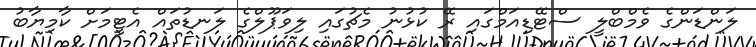
ލަންޑަންގެ ވެމްބްލީ ސްޓޭޑިއަމްގައި ރޭ ކުޅުނު މެޗުގައި ލިވަޕޫލްގެ ލަނޑުތައް އެޓީމަށް ކާމިޔާބު